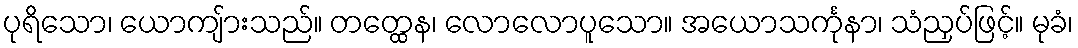
ပုရိသော၊ ယောကျ်ားသည်။ တတ္ထေန၊ လောလောပူသော။ အယောသင်္ကုနာ၊ သံညှပ်ဖြင့်။ မုခံ၊